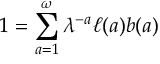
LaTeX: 1 = \sum _ { a = 1 } ^ { \omega } \lambda ^ { - a } \ell ( a ) b ( a )